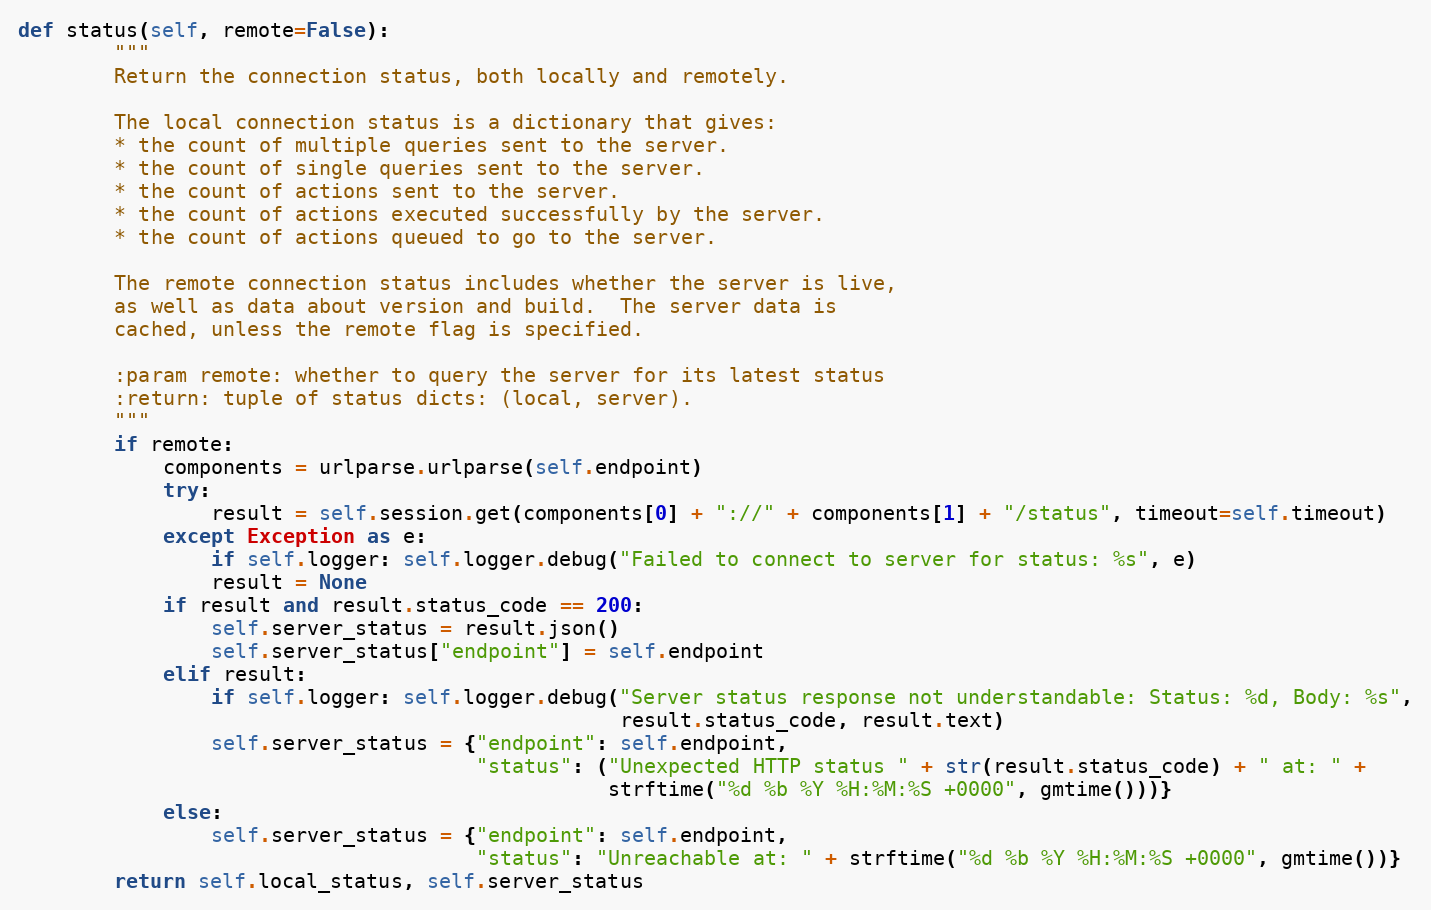
Language: Python
def status(self, remote=False):
        """
        Return the connection status, both locally and remotely.

        The local connection status is a dictionary that gives:
        * the count of multiple queries sent to the server.
        * the count of single queries sent to the server.
        * the count of actions sent to the server.
        * the count of actions executed successfully by the server.
        * the count of actions queued to go to the server.

        The remote connection status includes whether the server is live,
        as well as data about version and build.  The server data is
        cached, unless the remote flag is specified.

        :param remote: whether to query the server for its latest status
        :return: tuple of status dicts: (local, server).
        """
        if remote:
            components = urlparse.urlparse(self.endpoint)
            try:
                result = self.session.get(components[0] + "://" + components[1] + "/status", timeout=self.timeout)
            except Exception as e:
                if self.logger: self.logger.debug("Failed to connect to server for status: %s", e)
                result = None
            if result and result.status_code == 200:
                self.server_status = result.json()
                self.server_status["endpoint"] = self.endpoint
            elif result:
                if self.logger: self.logger.debug("Server status response not understandable: Status: %d, Body: %s",
                                                  result.status_code, result.text)
                self.server_status = {"endpoint": self.endpoint,
                                      "status": ("Unexpected HTTP status " + str(result.status_code) + " at: " +
                                                 strftime("%d %b %Y %H:%M:%S +0000", gmtime()))}
            else:
                self.server_status = {"endpoint": self.endpoint,
                                      "status": "Unreachable at: " + strftime("%d %b %Y %H:%M:%S +0000", gmtime())}
        return self.local_status, self.server_status